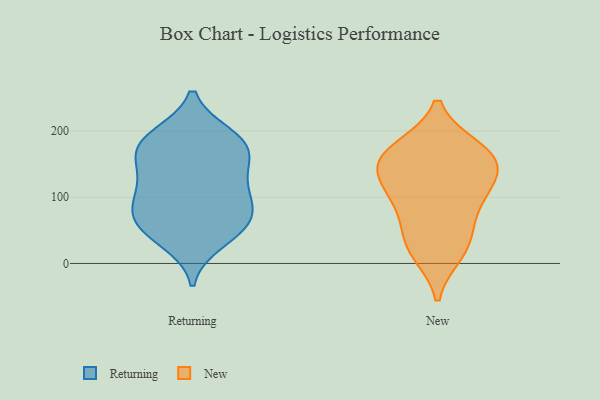
{"axis": {"x": "Customer Acquisition Cost (USD)", "y": "Value"}, "legend": ["New", "Returning"], "data": [{"x": "", "y": 69, "type": "Returning"}, {"x": "", "y": 192, "type": "Returning"}, {"x": "", "y": 64, "type": "Returning"}, {"x": "", "y": 59, "type": "Returning"}, {"x": "", "y": 51, "type": "Returning"}, {"x": "", "y": 185, "type": "Returning"}, {"x": "", "y": 105, "type": "Returning"}, {"x": "", "y": 163, "type": "Returning"}, {"x": "", "y": 102, "type": "Returning"}, {"x": "", "y": 34, "type": "Returning"}, {"x": "", "y": 184, "type": "Returning"}, {"x": "", "y": 147, "type": "Returning"}, {"x": "", "y": 95, "type": "Returning"}, {"x": "", "y": 132, "type": "Returning"}, {"x": "", "y": 177, "type": "Returning"}, {"x": "", "y": 100, "type": "New"}, {"x": "", "y": 154, "type": "New"}, {"x": "", "y": 137, "type": "New"}, {"x": "", "y": 25, "type": "New"}, {"x": "", "y": 138, "type": "New"}, {"x": "", "y": 170, "type": "New"}, {"x": "", "y": 43, "type": "New"}, {"x": "", "y": 173, "type": "New"}, {"x": "", "y": 108, "type": "New"}, {"x": "", "y": 163, "type": "New"}, {"x": "", "y": 17, "type": "New"}, {"x": "", "y": 81, "type": "New"}]}